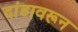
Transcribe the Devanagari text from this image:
दांडावरून